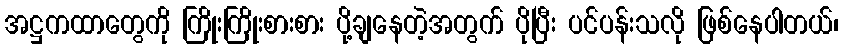
အဋ္ဌကထာတွေကို ကြိုးကြိုးစားစား ပို့ချနေတဲ့အတွက် ပိုပြီး ပင်ပန်းသလို ဖြစ်နေပါတယ်၊